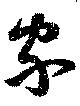
家